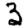
Digit: 3